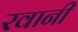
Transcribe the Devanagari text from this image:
रवानी